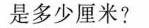
是多少厘米?